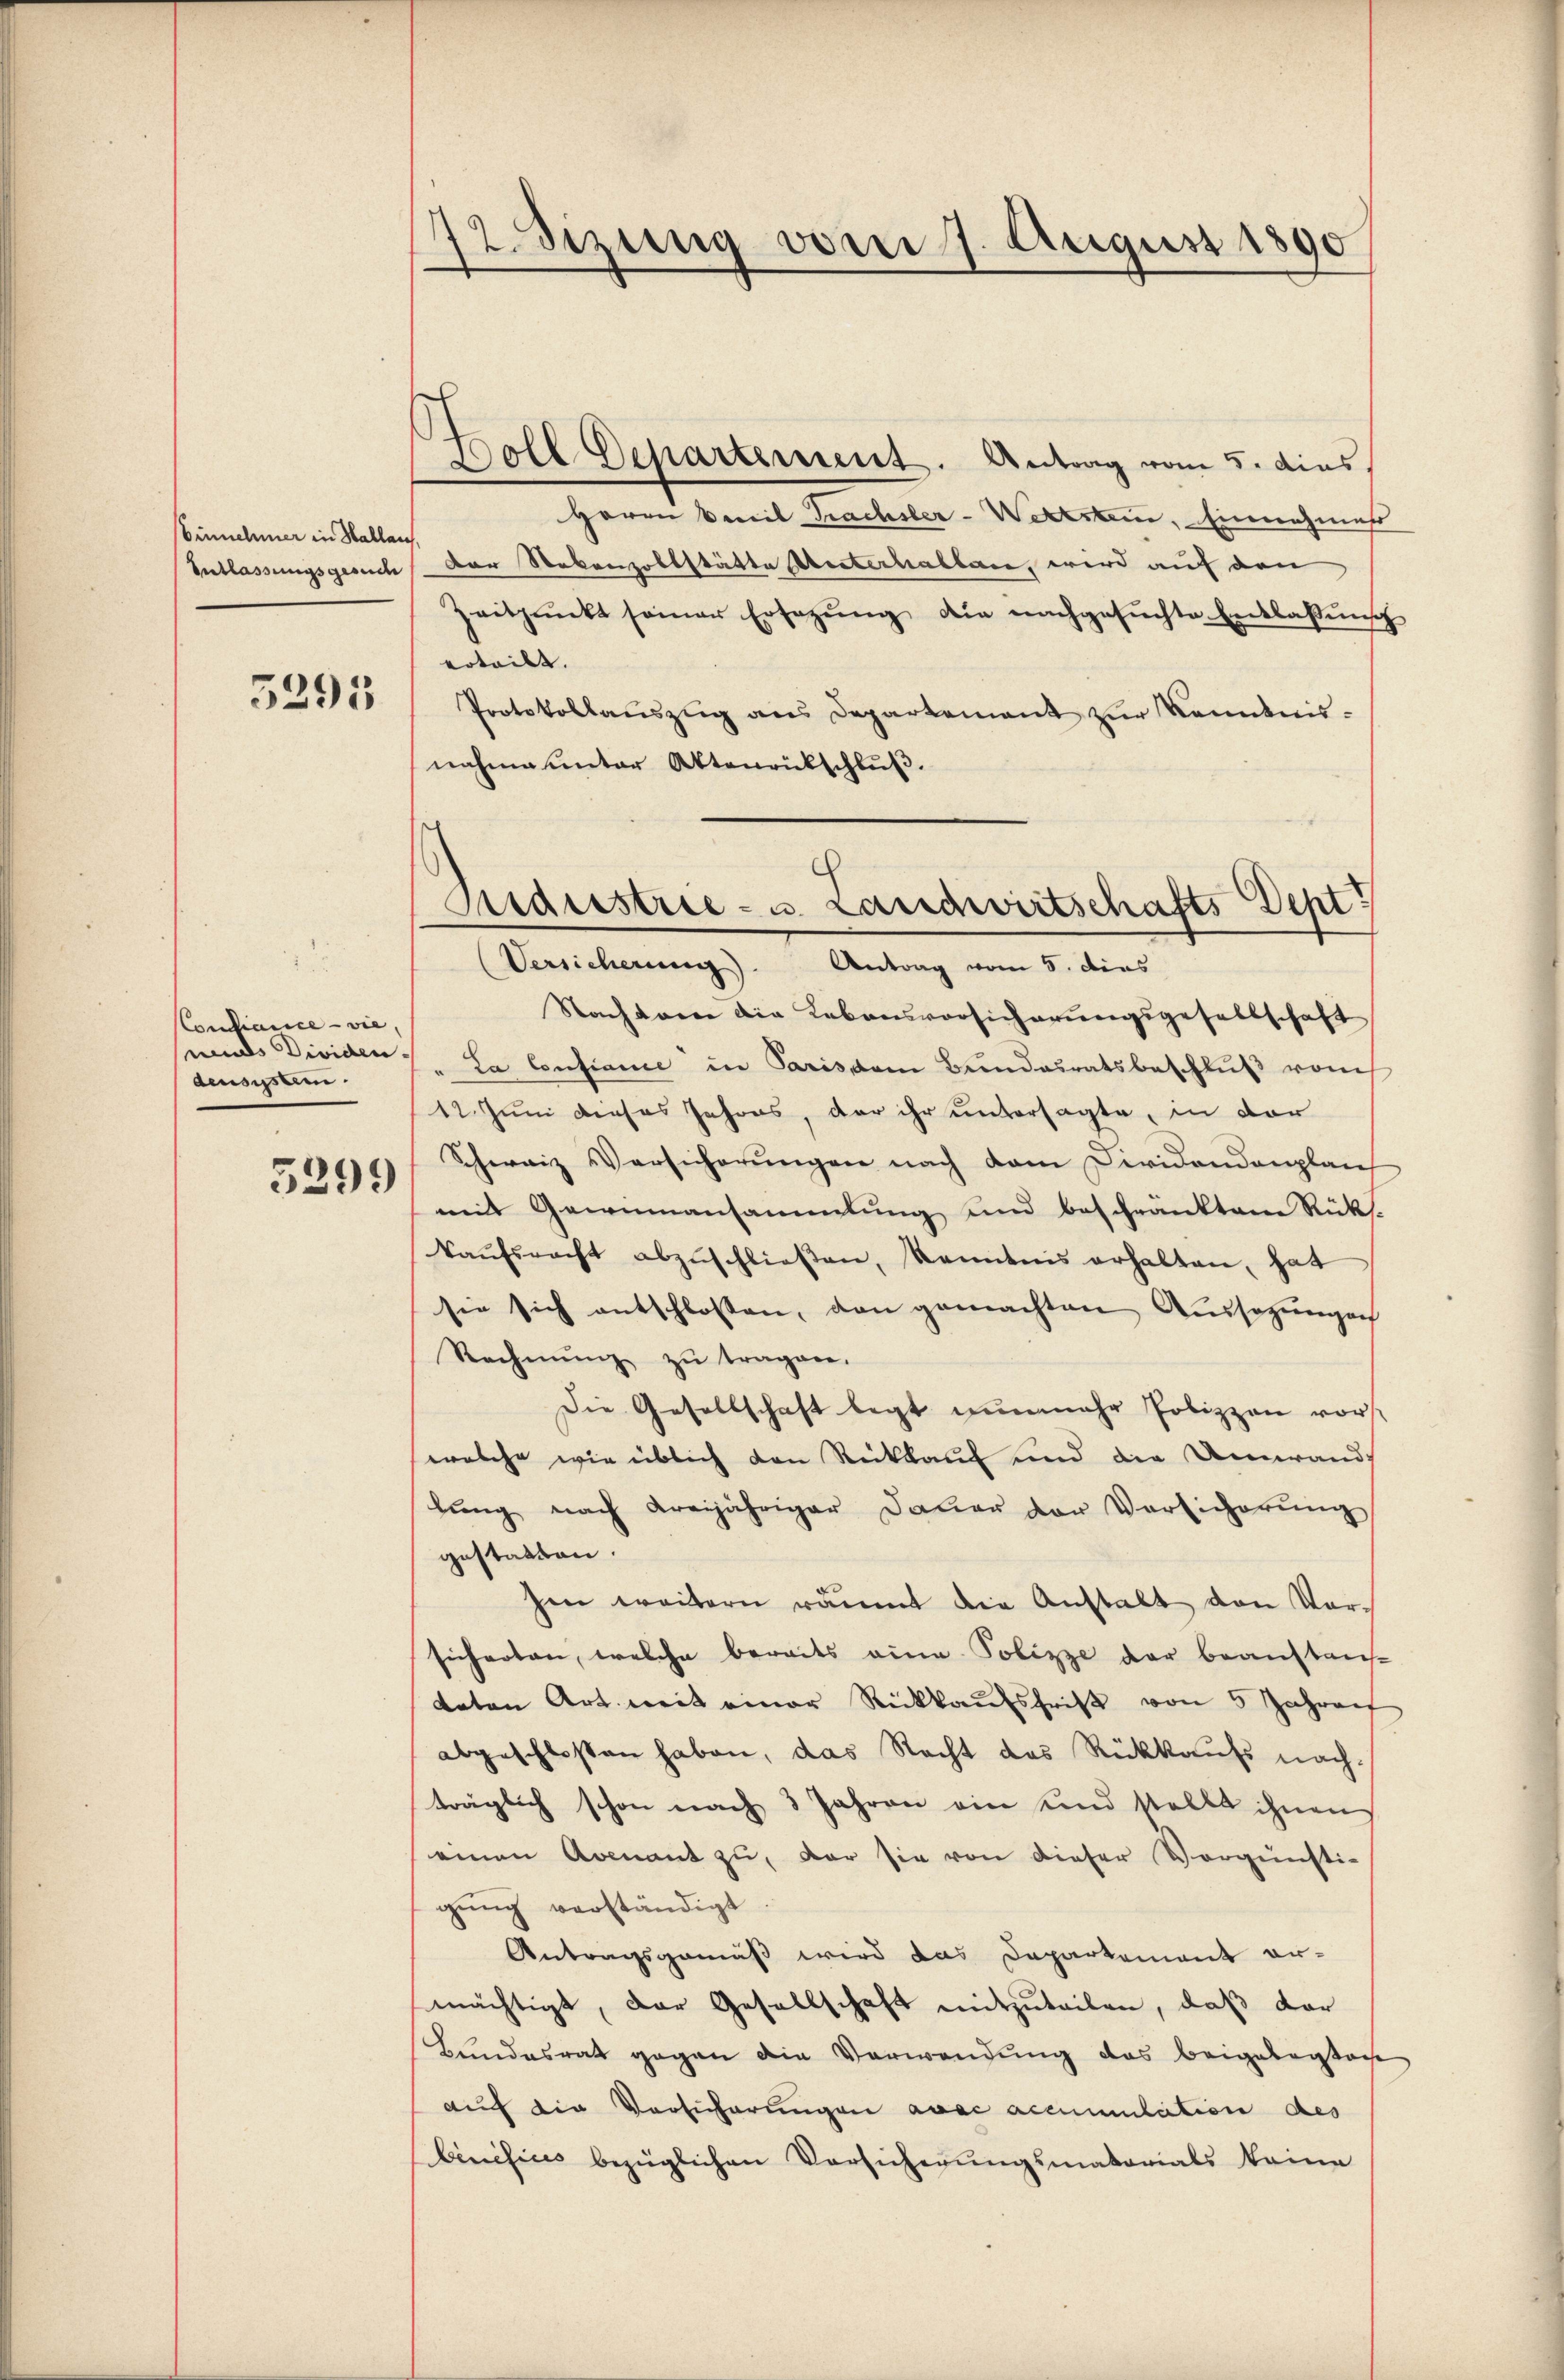
Einnehmer in Hallen
Entlassungsgesuche

5291

Confiance - vie,
uuds Dividen.
deusisten.

5299

12. Sizung vom 7. August 1890

Boll Departement. Antrag vom 5. dies
Herrn Vereit Trachsler-Wertstem, Einnahmess
der Nebenzollstätte Unterhallen, wird auf den
Zeitpunkt seiner Ersezŭng die nachgesŭchte Entlassŭng
erteilt. |
Protokollaŭszŭg ans Departement zur Kenntnisnahme unter Aktenrückschlŭβ.
(Versicherung). Antrag vom 5. dies
Nachbare die Lebensvorsicherungsgesellschaft
La Confiance in Paris vom Bundesratsbeschlŭβ vom
12. Juni dieses Jahres, der ihr untersagte, in der
Schweiz Versicherungen nach dem Dividandonplant
mit Gewinnansammlung und beschränktem Rücks-
kaŭfsracht abzŭschlieβen, kanntens erhalten, hat
sie sich entschlossen, den gemachten Aussagungen
Rechnŭng zŭ tragen.
Die Gesellschaft legt nunmehr Polizzen vorst
welche wie üblich den Rückkauf und die Umwandlŭng nach Kreijähriger Dauer der Versicherŭng
gestatten.
sen weitern räumt die Anstalt von Vor-
sicherten, welche bereits eine Polizze der beanstan-
daten Art mit einer Rückkaufschrift von 5 Jahren
abgeschlossen haben, das Recht das Rückkaufs nach-
träglich schon nach 3 Jahren ein und stellt ihnen
einen Arenant zu, der sie von dieser Vergünsti-
gung verständigt
Antragsgemäß wird das Departement er-
mächtigt, der Gesellschaft mitzuteilen, daß dar
Bŭndesrat gegen die Verwendŭng das beigelegtag
auf die Versicherungen ause accumulation des
binifices bezüglichen Versicherungsmatorials keine

c
Maiestrie - u. Landwirtschafts Dept.